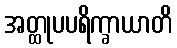
အတ္ထုပပရိက္ခာယာတိ